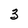
Character: 3